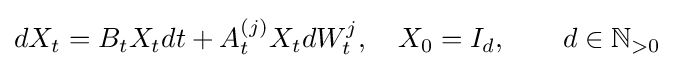
dX_{t}=B_{t}X_{t}dt+A_{t}^{(j)}X_{t}dW_{t}^{j},\quad X_{0}=I_{d},\qquad d\in \mathbb {N} _{>0}